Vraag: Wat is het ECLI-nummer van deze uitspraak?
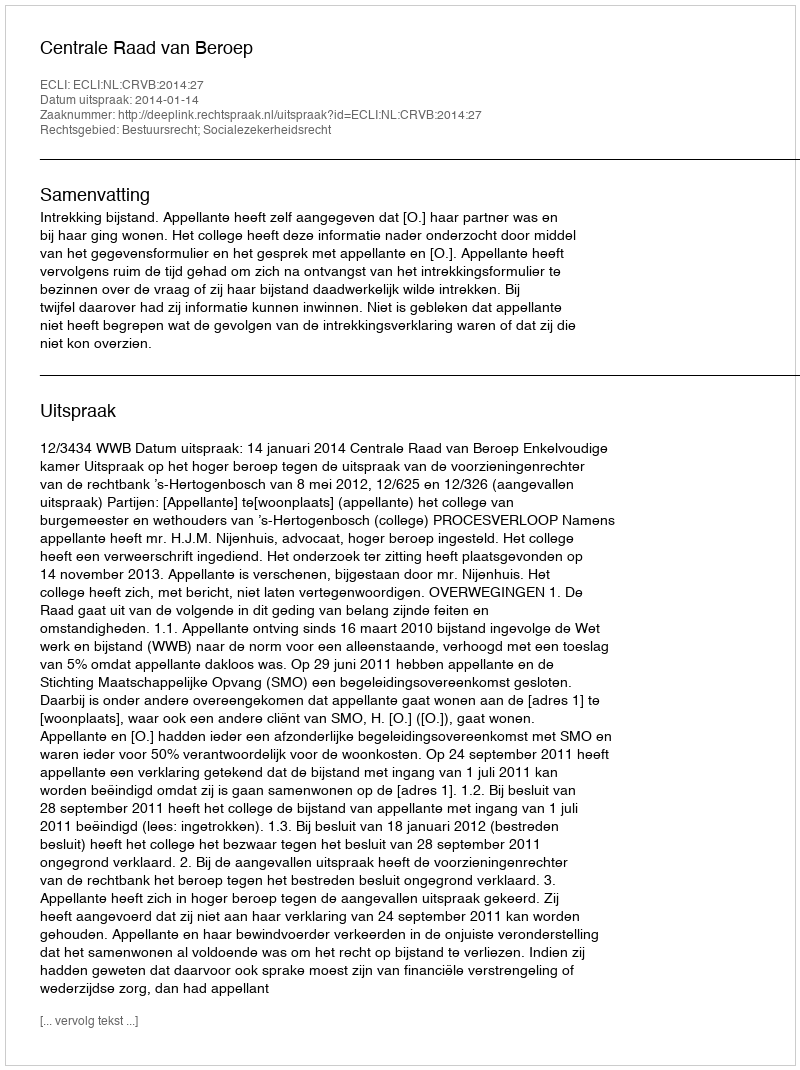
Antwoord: ECLI:NL:CRVB:2014:27